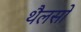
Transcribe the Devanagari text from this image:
थैलसों